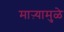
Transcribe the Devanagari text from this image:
माऱ्यामुळे